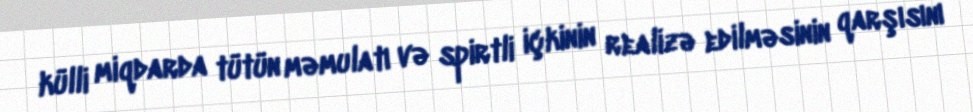
külli miqdarda tütün məmulatı və spirtli içkinin realizə edilməsinin qarşısını